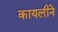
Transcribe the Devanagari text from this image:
कायलीने